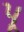
પૂ